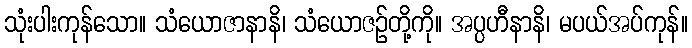
သုံးပါးကုန်သော။ သံယောဇာနာနိ၊ သံယောဇဉ်တို့ကို။ အပ္ပဟီနာနိ၊ မပယ်အပ်ကုန်။